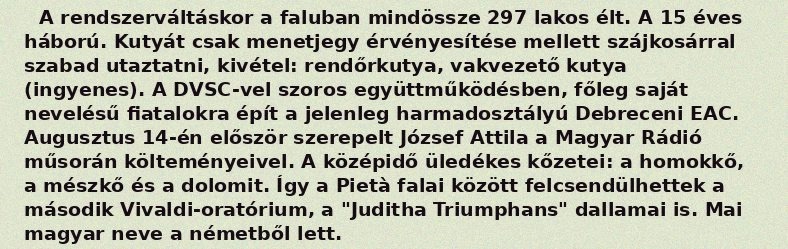
A rendszerváltáskor a faluban mindössze 297 lakos élt. A 15 éves háború. Kutyát csak menetjegy érvényesítése mellett szájkosárral szabad utaztatni, kivétel: rendőrkutya, vakvezető kutya (ingyenes). A DVSC-vel szoros együttműködésben, főleg saját nevelésű fiatalokra épít a jelenleg harmadosztályú Debreceni EAC. Augusztus 14-én először szerepelt József Attila a Magyar Rádió műsorán költeményeivel. A középidő üledékes kőzetei: a homokkő, a mészkő és a dolomit. Így a Pietà falai között felcsendülhettek a második Vivaldi-oratórium, a "Juditha Triumphans" dallamai is. Mai magyar neve a németből lett.